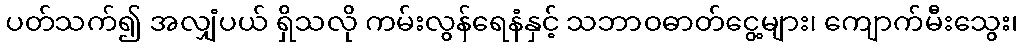
ပတ်သက်၍ အလျှံပယ် ရှိသလို ကမ်းလွန်ရေနံနှင့် သဘာဝဓာတ်ငွေ့များ၊ ကျောက်မီးသွေး၊